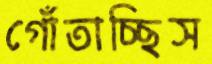
গোঁতাচ্ছিস